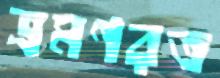
ভ্রমণরত